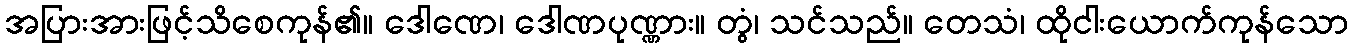
အပြားအားဖြင့်သိစေကုန်၏။ ဒေါဏေ၊ ဒေါဏပုဏ္ဏား။ တွံ၊ သင်သည်။ တေသံ၊ ထိုငါးယောက်ကုန်သော